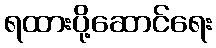
ရထားပို့ဆောင်ရေး